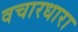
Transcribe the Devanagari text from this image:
वचारधारा